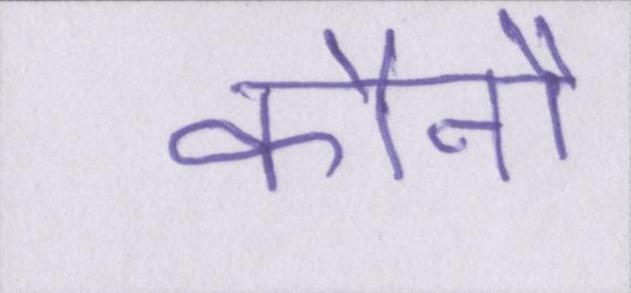
कौनौ